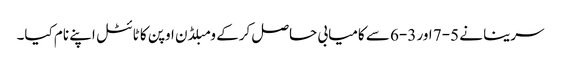
سرینا نے 5-7 اور 3-6 سے کامیابی حاصل کرکے ومبلڈن اوپن کا ٹائٹل اپنے نام کیا۔